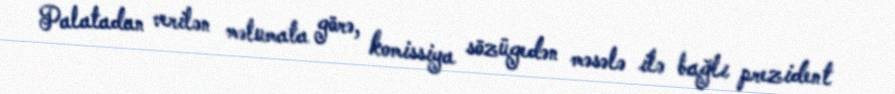
Palatadan verilən məlumata görə, komissiya sözügedən məsələ ilə bağlı prezident